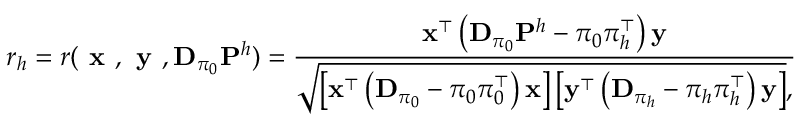
r _ { h } = r ( \textbf { x } , \textbf { y } , \mathbf { D } _ { \pi _ { 0 } } \mathbf { P } ^ { h } ) = \frac { \mathbf { x } ^ { \top } \left( \mathbf { D } _ { \pi _ { 0 } } \mathbf { P } ^ { h } - \pi _ { 0 } \pi _ { h } ^ { \top } \right) \mathbf { y } } { \sqrt { \left[ \mathbf { x } ^ { \top } \left( \mathbf { D } _ { \pi _ { 0 } } - \pi _ { 0 } \pi _ { 0 } ^ { \top } \right) \mathbf { x } \right] \left[ \mathbf { y } ^ { \top } \left( \mathbf { D } _ { \pi _ { h } } - \pi _ { h } \pi _ { h } ^ { \top } \right) \mathbf { y } \right] } , }